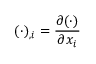
( \cdot ) _ { , i } = \frac { \partial ( \cdot ) } { \partial x _ { i } }